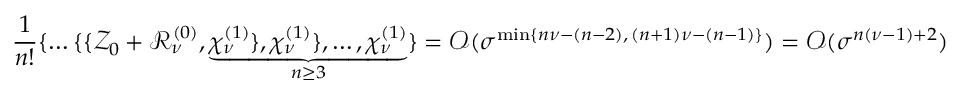
\frac { 1 } { n ! } \{ \ldots \{ \{ \mathscr { Z } _ { 0 } + \mathscr { R } _ { \nu } ^ { ( 0 ) } , \underbrace { \chi _ { \nu } ^ { ( 1 ) } \} , \chi _ { \nu } ^ { ( 1 ) } \} , \ldots , \chi _ { \nu } ^ { ( 1 ) } } _ { n \ge 3 } \} = \mathcal { O } ( \sigma ^ { \operatorname* { m i n } \{ n \nu - ( n - 2 ) , \, ( n + 1 ) \nu - ( n - 1 ) \} } ) = \mathcal { O } ( \sigma ^ { n ( \nu - 1 ) + 2 } )